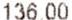
136.00